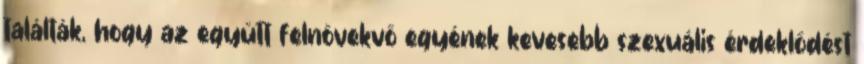
találták, hogy az együtt felnövekvő egyének kevesebb szexuális érdeklődést